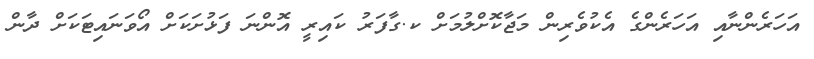
އަހަރެންނާއި އަހަރެންގެ އެކުވެރިން މަޖާކޮށްލުމަށް ކ.ގާފަރު ކައިރީ އޮންނަ ފަޅުށަކަށް އޯވަނައިޓަކަށް ދާން